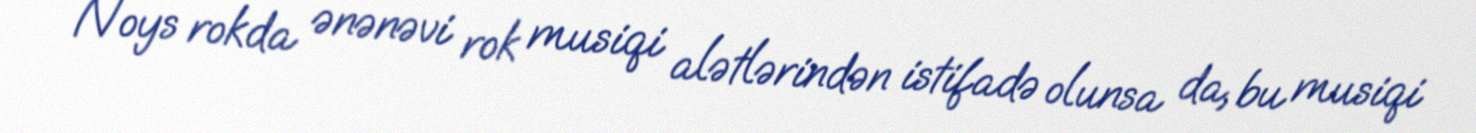
Noys rokda ənənəvi rok musiqi alətlərindən istifadə olunsa da, bu musiqi